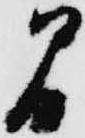
間